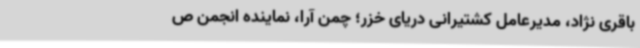
باقری نژاد، مدیرعامل کشتیرانی دریای خزر؛ چمن آرا، نماینده انجمن ص